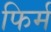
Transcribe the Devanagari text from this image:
फिर्म